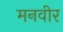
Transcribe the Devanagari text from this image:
मनवीर